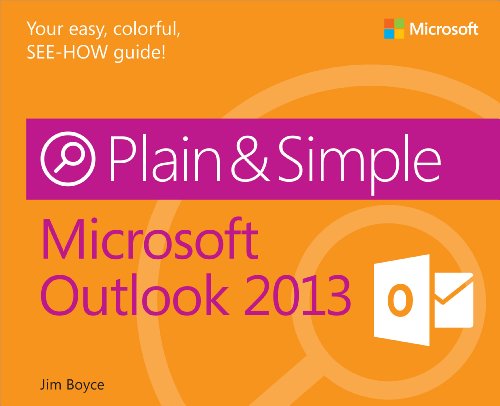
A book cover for Microsoft Outlook 2013 Plain & Simple; Jim Boyce; Computers & Technology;